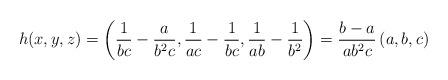
LaTeX: \begin{align*}h(x, y, z)=\left(\frac1{bc}-\frac a{b^2c},\frac1{ac}-\frac1{bc},\frac1{ab}-\frac1{b^2} \right) = \frac{b-a}{ab^2c} \left(a, b, c \right)\end{align*}